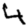
Digit: 4